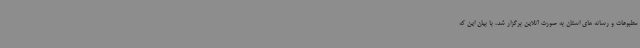
مطبوعات و رسانه های استان به صورت آنلاین برگزار شد، با بیان این که